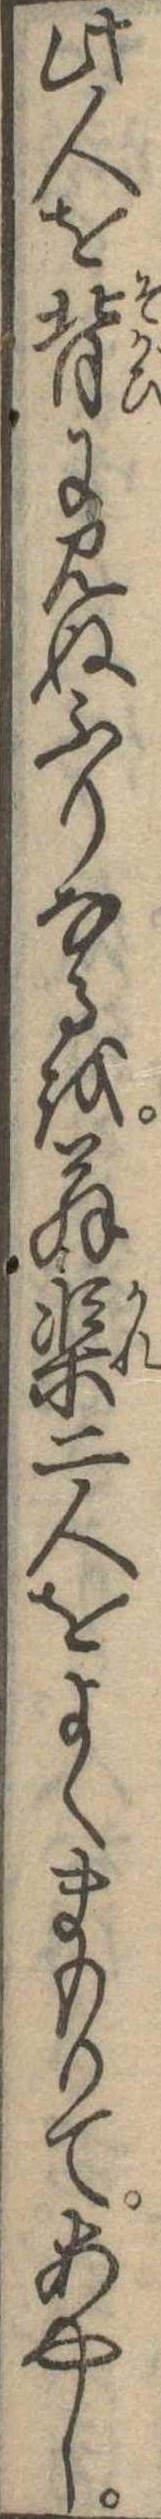
此人を背に見ぬふりなるを翁渠二人をよくまもりてあやし